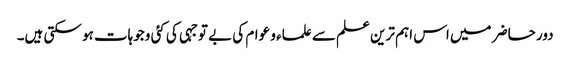
دور حاضر میں اس اہم ترین علم سے علماء و عوام کی بے توجہی کی کئی وجوہات ہو سکتی ہیں۔